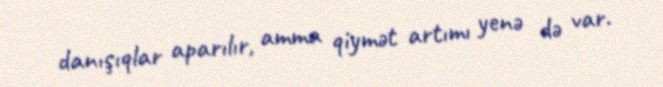
danışıqlar aparılır, amma qiymət artımı yenə də var.